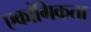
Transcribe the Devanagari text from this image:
एकांगिकता